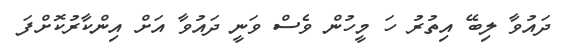
ދައުވާ ލިބޭ އިތުރު ހަ މީހުން ވެސް ވަަނީ ދައުވާ އަށް އިންކާރުކޮށްފަ